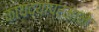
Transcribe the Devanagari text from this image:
कायद्याप्रमाने